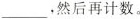
___，然后再计数。